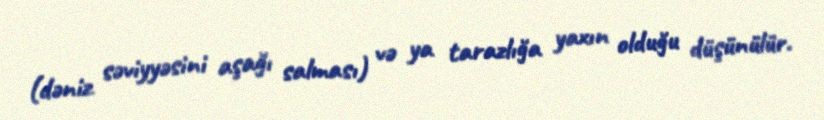
(dəniz səviyyəsini aşağı salması) və ya tarazlığa yaxın olduğu düşünülür.